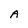
Character: A